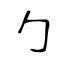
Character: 勹